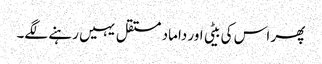
پھر اس کی بیٹی اور داماد مستقل یہیں رہنے لگے۔